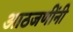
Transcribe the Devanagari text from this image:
आठजणींनी